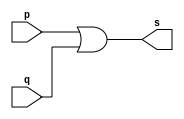
// Exemplo0004 - OR 
// Nome: Silvino Henrique Santos de Souza 

// ------------------------- 
// -- or gate 
// ------------------------- 
module orgate (output s, input p, input q); 
	assign s = p | q; 
endmodule 

// ------------------------- 
// -- test or gate 
// ------------------------- 
module testortgate; 
	reg a,b; 	 
	wire s; 
	orgate OR1 (s, a, b); 
	
	initial begin:start 
		a=0;b=0; // valor inicial 
	end 

	initial begin:main 
		$display("Exemplo 0004 - Silvino Henrique Santos de Souza - 412773"); 
		$display("Test OR Gate:"); 
		$display("\na | b = s\n"); 
		
		$monitor("%b | %b = %b", a, b, s);
		#1 a=0; b=0; 
		#1 a=0; b=1;
		#1 a=1; b=0;  
		#1 a=1; b=1;
	end 
endmodule